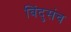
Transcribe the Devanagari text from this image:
बिंदुसंच